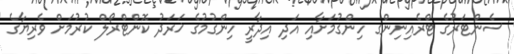
ސެންޓަރުގެ ޓްރެއިނިންގ ހިންގުމަށާއި އަދި އިދާރީ ހިންގުމުގެ ޚަރަދު ކޮންޓްރޯލް ކުރުމަށް ވެރިޔާގެ